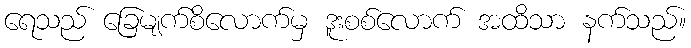
ရေသည် ခြေမျက်စိလောက်မှ ဒူးစစ်လောက် အထိသာ နက်သည်။